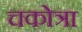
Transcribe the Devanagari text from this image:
चकोत्रा